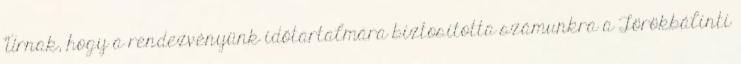
Úrnak, hogy a rendezvényünk időtartalmára biztosította számunkra a Törökbálinti